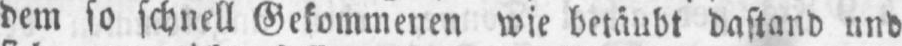
dem so schnell Gekommenen wie betäubt dastand und